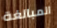
المبالغة